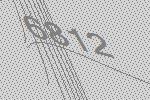
6812